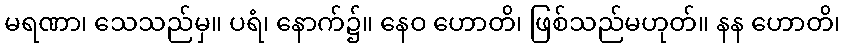
မရဏာ၊ သေသည်မှ။ ပရံ၊ နောက်၌။ နေဝ ဟောတိ၊ ဖြစ်သည်မဟုတ်။ နန ဟောတိ၊